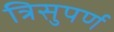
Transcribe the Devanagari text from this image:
त्रिसुपर्ण